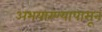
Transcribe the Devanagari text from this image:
अभयारण्यापासून